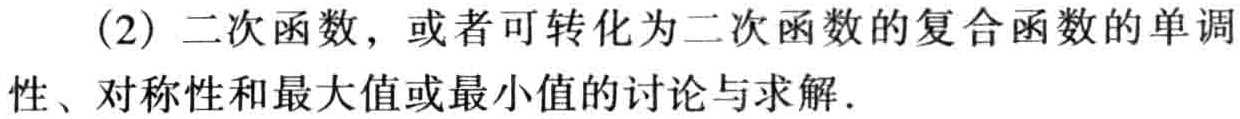
(2) 二次函数，或者可转化为二次函数的复合函数的单调性、对称性和最大值或最小值的讨论与求解.